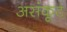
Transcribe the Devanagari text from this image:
असंकूट